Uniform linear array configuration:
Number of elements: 8
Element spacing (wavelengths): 0.5
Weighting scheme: cosine
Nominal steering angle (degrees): -60
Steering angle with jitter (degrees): -60.764
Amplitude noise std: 0.05
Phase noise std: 0.05

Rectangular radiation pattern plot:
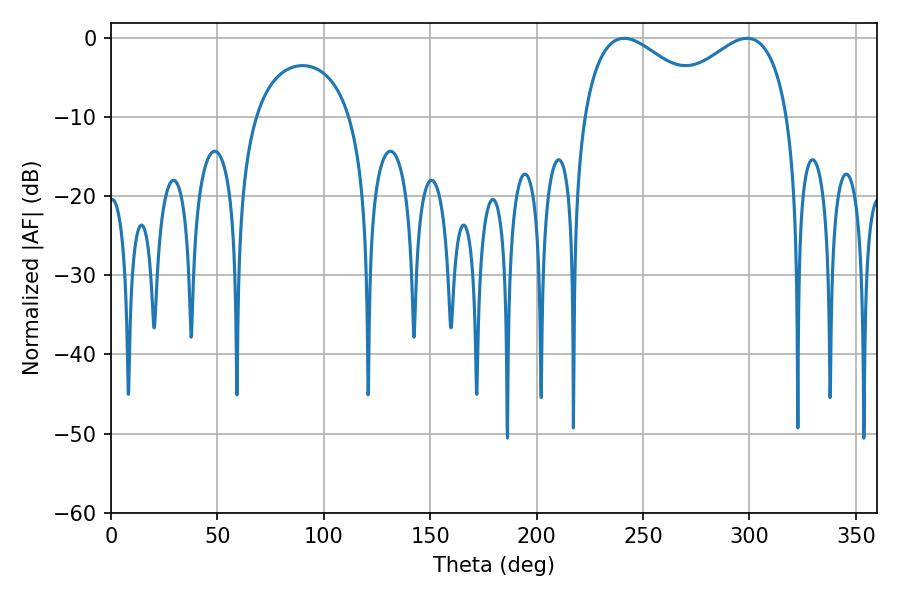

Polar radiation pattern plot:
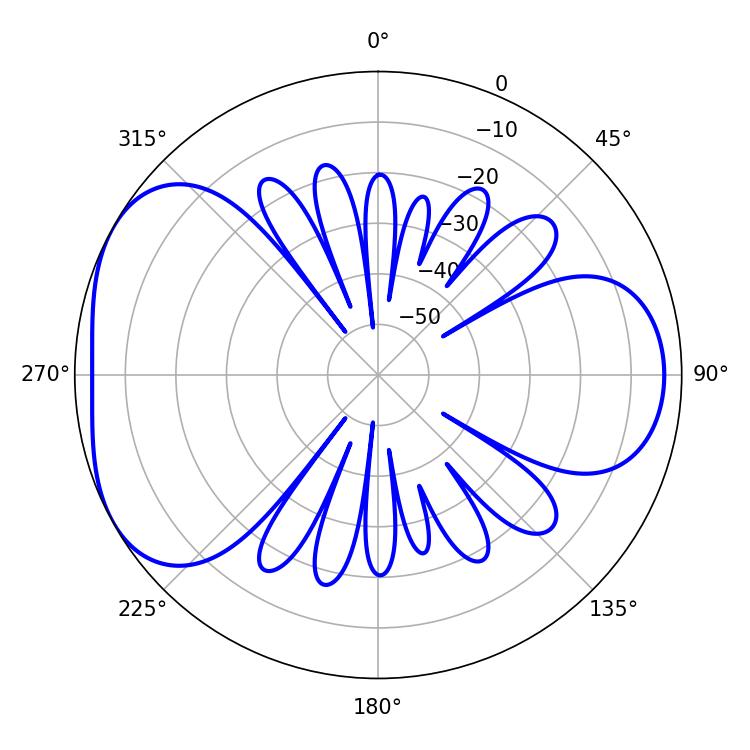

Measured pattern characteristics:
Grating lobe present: FALSE
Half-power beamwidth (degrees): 33.3
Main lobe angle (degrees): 241.2